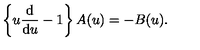
\left\{ u \frac { \mathrm { d } } { \mathrm { d } u } - 1 \right\} A ( u ) = - B ( u ) .